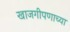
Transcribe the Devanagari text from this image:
खाजगीपणाच्या